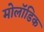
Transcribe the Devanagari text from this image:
मोलॉडिक